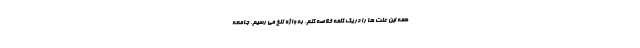
همه این علت ها را در یک کلمه خلاصه کنم، به واژه تلخ می رسیم. جامعه